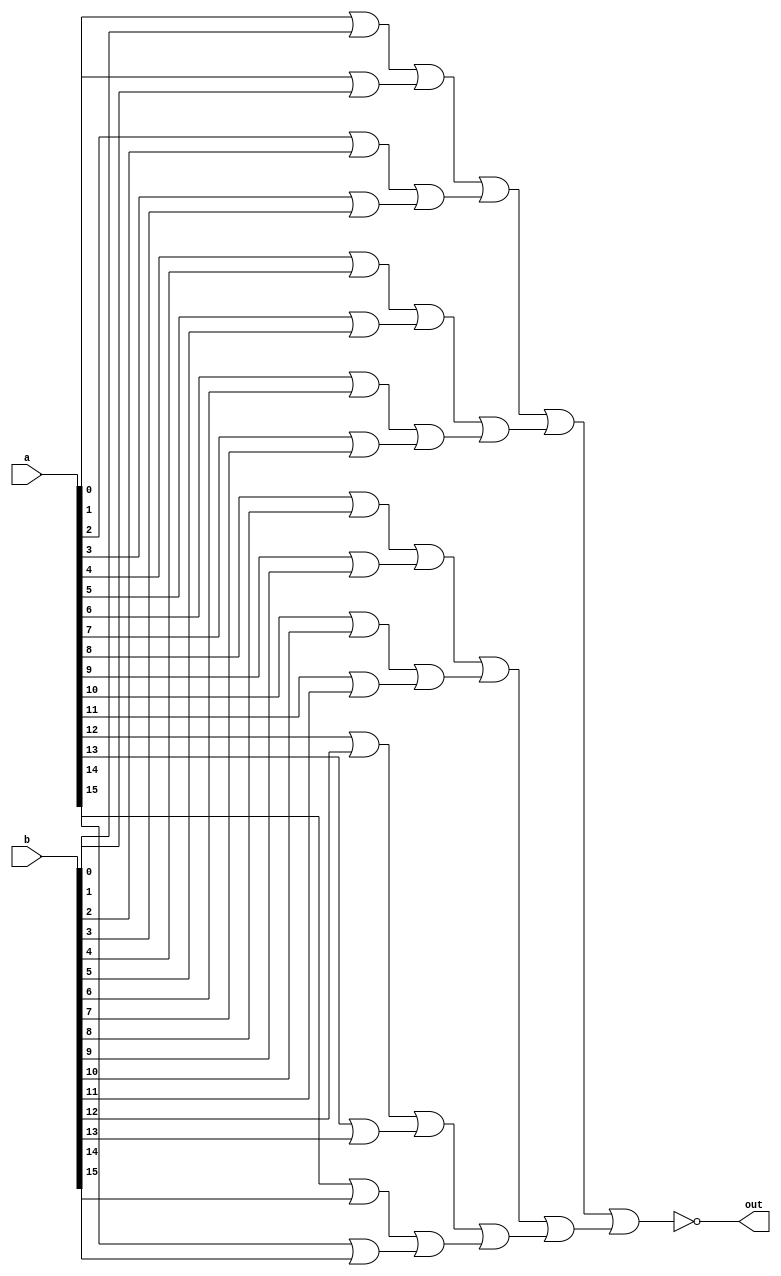
/* mdulo Nor16Way */

`ifndef _Nor16Way_
`define _Nor16Way_


module Nor16Way(out, a, b);
    // Declarando as entradas/saidas
    input [15:0] a, b;
    output out;
    
    wire w0, w1, w2, w3, w4, w5, w6, w7, w8, w9, w10, w11, w12, w13, w14, w15; 
    wire w16, w17, w18, w19, w20, w21, w22, w23, w24, w25, w26, w27, w28, w29, w30, w31;

    // Conexoes internas do modulo
    or or0(w0, a[0], b[0]);
    or or1(w1, a[1], b[1]);
    or or2(w2, a[2], b[2]);
    or or3(w3, a[3], b[3]);
    or or4(w4, a[4], b[4]);
    or or5(w5, a[5], b[5]);
    or or6(w6, a[6], b[6]);
    or or7(w7, a[7], b[7]);
    or or8(w8, a[8], b[8]);
    or or9(w9, a[9], b[9]);
    or or10(w10, a[10], b[10]);
    or or11(w11, a[11], b[11]);
    or or12(w12, a[12], b[12]);
    or or13(w13, a[13], b[13]);
    or or14(w14, a[14], b[14]);
    or or15(w15, a[15], b[15]);

    or or16(w16, w0, w1); 
    or or17(w17, w2, w3); 
    or or18(w18, w4, w5); 
    or or19(w19, w6, w7); 
    or or20(w20, w8, w9); 
    or or21(w21, w10, w11); 
    or or22(w22, w12, w13); 
    or or23(w23, w14, w15); 

    or or24(w24, w16, w17); 
    or or25(w25, w18, w19); 
    or or26(w26, w20, w21); 
    or or27(w27, w22, w23); 

    or or28(w28, w24, w25); 
    or or29(w29, w26, w27); 
    
    or or30(w30, w28, w29);

    not(out, w30);


endmodule

`endif